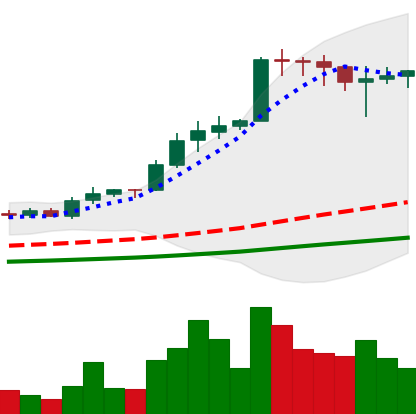
Ticker: ADA-USD
Chart end date: 2021-02-17
Forward return: 23.373%
Label: up_7plus